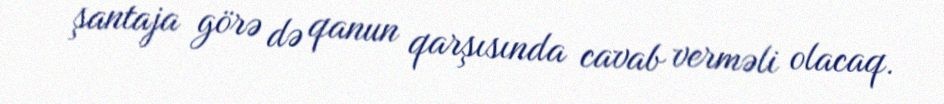
şantaja görə də qanun qarşısında cavab verməli olacaq.